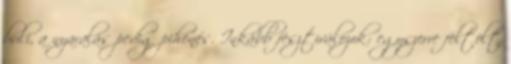
buli, a nyaralás pedig pihenés. Inkább fesztiválozok: egyszerre feltölt